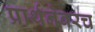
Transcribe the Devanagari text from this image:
प्रार्थनेवरच